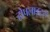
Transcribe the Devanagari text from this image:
होपलाइट्स